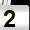
Digit: 2